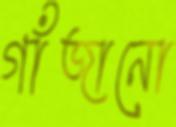
গাঁজানো